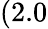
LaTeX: (2.0